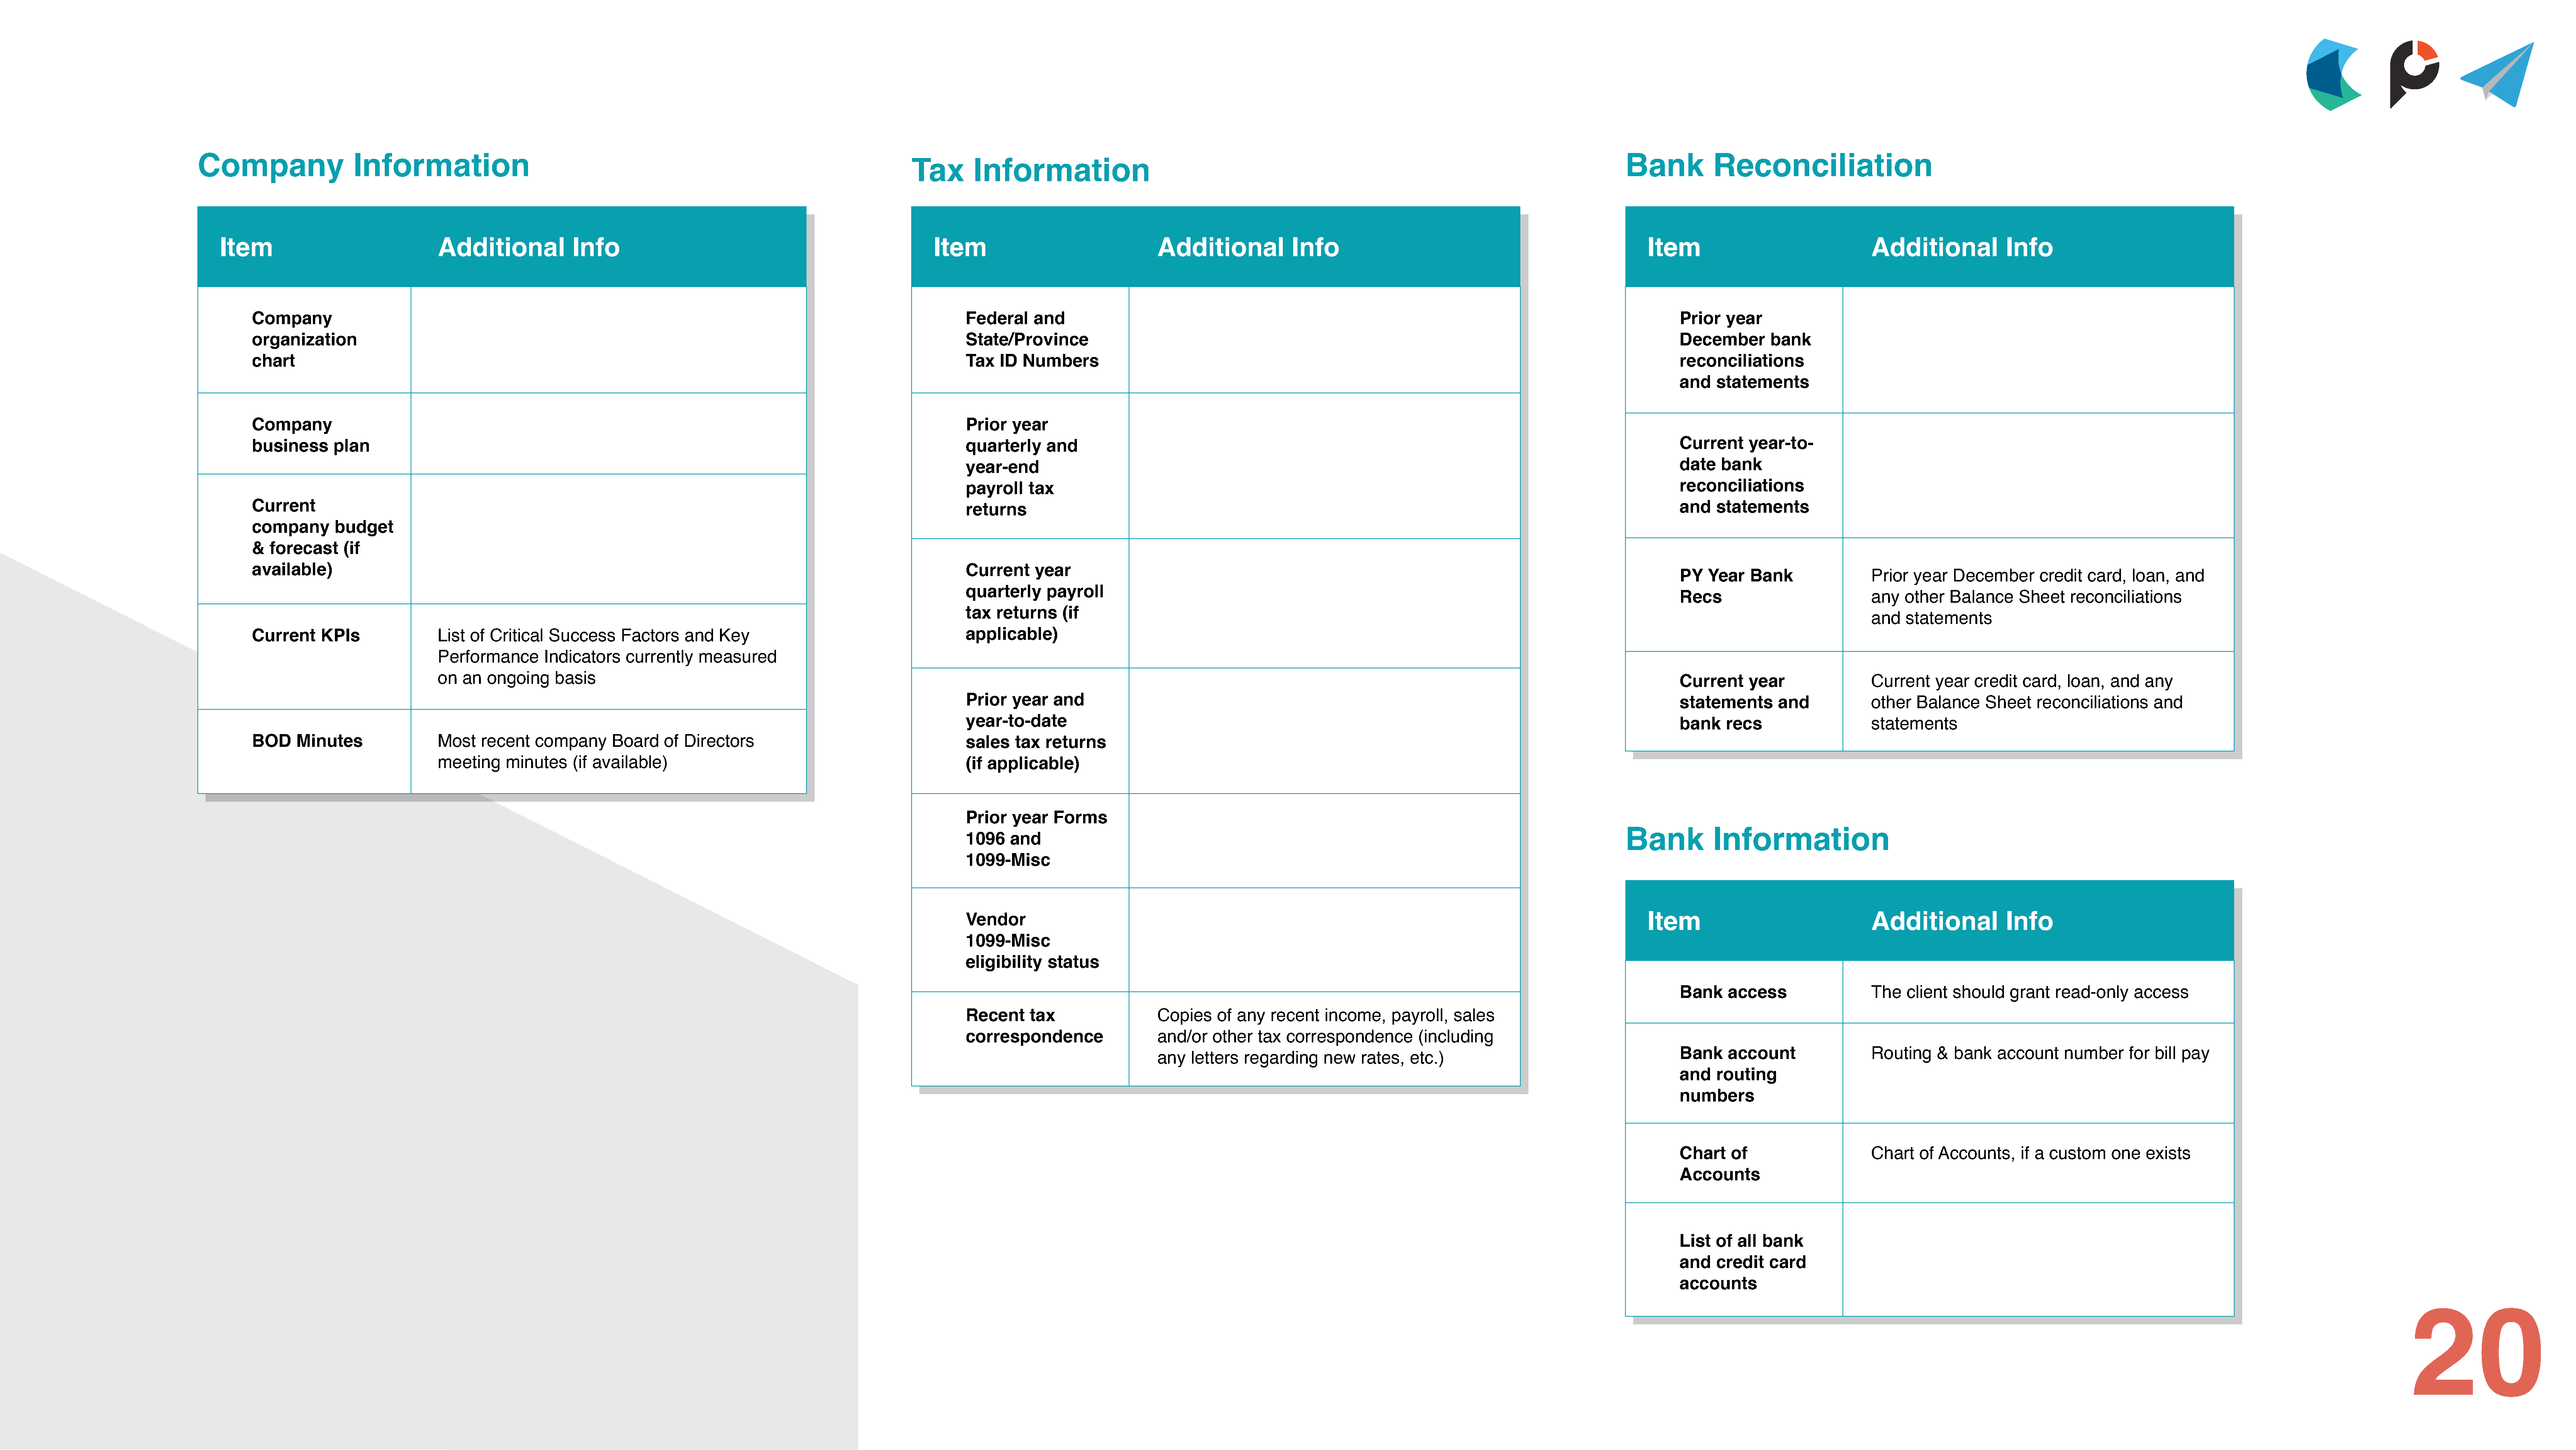
Company                    Information                                                                                                                                                                                                               Bank           Reconciliation
 Tax        Information
 Item                                 Additional             Info                                                          Item                                  Additional             Info                                                         Item                                   Additional             Info
 Company                                                                                                                    Federal    and                                                                                                            Prior   year
 organization                                                                                                               State/Province                                                                                                            December       bank
 chart                                                                                                                      Tax  ID  Numbers                                                                                                          reconciliations
 and   statements
 Company                                                                                                                    Prior  year
 Current     year-to-
 business      plan                                                                                                         quarterly    and
 date   bank
 year-end
 reconciliations
 payroll   tax
 Current                                                                                                                                                                                                                                              and   statements
 returns
 company       budget
 &  forecast     (if
 available)                                                                                                                 Current    year
 PY   Year   Bank                 Prior  year   December       credit  card,  loan,   and
 quarterly    payroll
 Recs                             any  other   Balance     Sheet    reconciliations
 tax  returns    (if
 and   statements
 Current     KPIs                List  of Critical  Success     Factors    and   Key                                        applicable)
 Performance       Indicators    currently    measured
 on  an  ongoing     basis
 Current     year                 Current    year  credit   card,  loan,   and   any
 Prior  year    and
 statements       and             other  Balance     Sheet    reconciliations     and
 year-to-date
 bank    recs                     statements
 BOD     Minutes                 Most   recent    company      Board    of Directors                                        sales   tax  returns
 meeting     minutes    (if available)                                                      (if applicable)
 Prior  year    Forms
 Bank           Information
 1096   and
 1099-Misc
 Vendor                                                                                                              Item                                   Additional             Info
 1099-Misc
 eligibility   status
 Bank    access                   The   client  should   grant   read-only     access
 Recent    tax                   Copies     of any   recent   income,    payroll,   sales
 correspondence                  and/or    other   tax correspondence         (including
 Bank    account                  Routing    &  bank   account     number     for bill pay
 any   letters  regarding     new   rates,   etc.)
 and   routing
 numbers
 Chart    of                      Chart   of Accounts,     if a custom     one   exists
 Accounts
 List  of  all bank
 and   credit   card
 accounts
 20